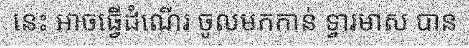
នេះ អាចធ្វើដំណើរ ចូលមកកាន់ ទ្វារមាស បាន